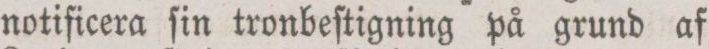
notificera ſin tronbeſtigning på grund af